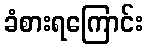
ခံစားရကြောင်း